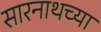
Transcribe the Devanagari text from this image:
सारनाथच्या